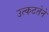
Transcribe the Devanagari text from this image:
उत्कटतेने